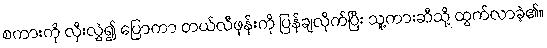
စကားကို လှီးလွှဲ၍ ပြောကာ တယ်လီဖုန်းကို ပြန်ချလိုက်ပြီး သူ့ကားဆီသို့ ထွက်လာခဲ့၏။